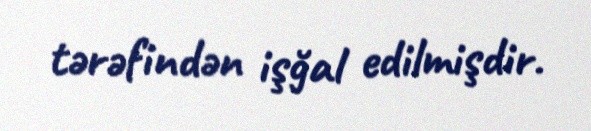
tərəfindən işğal edilmişdir.